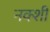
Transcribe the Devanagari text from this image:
नक्शी